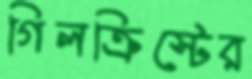
গিলক্রিস্টের